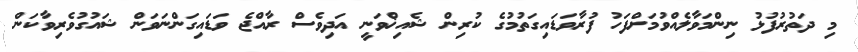
މި ދަތުރުފުޅު ނިންމަވާލެއްވުމަށްފަހު ފުރާވަޑައިގަތުމުގެ ކުރިން ޝެއިޚްވަނީ އަދިވެސް ރާއްޖެ ވަޑައިގަންނަވަން ޝައުގުވެރިވާކަން